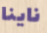
ناينا